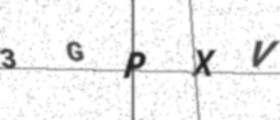
Text: 3GPXV